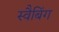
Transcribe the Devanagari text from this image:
स्वैबिंग